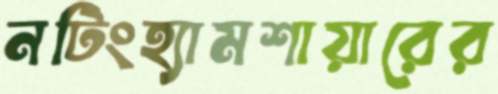
নটিংহ্যামশায়ারের